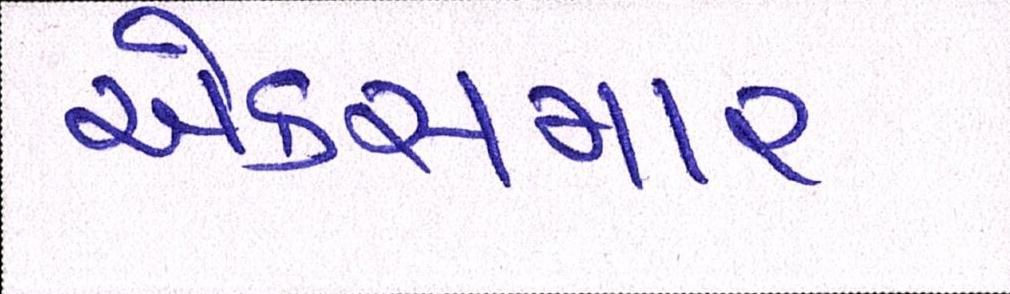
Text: એક્સમાર